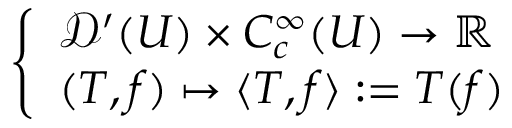
\left\{ \begin{array} { l l } { { \mathcal { D } } ^ { \prime } ( U ) \times C _ { c } ^ { \infty } ( U ) \to \mathbb { R } } \\ { ( T , f ) \mapsto \langle T , f \rangle : = T ( f ) } \end{array} \right.